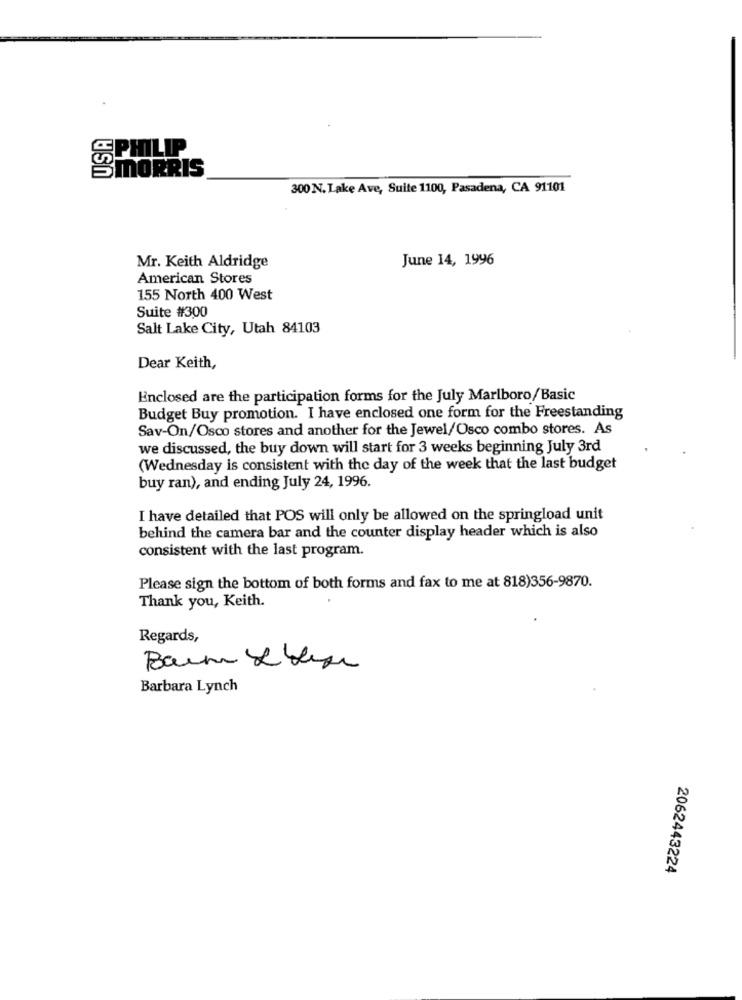
SPHILIP
SMORRIS
300 N. Lake Ave, Suite 1100, Pasadena, CA 91101
June 14, 1996
Mr. Keith Aldridge
American Stores
155 North 400 West
Suite #300
Salt Lake City, Utah 84103
Dear Keith,
Enclosed are the participation forms for the July Marlboro/Basic
Budget Buy promotion. I have enclosed one form for the Freestanding
Sav-On/Osco stores and another for the Jewel/Osco combo stores. As
we discussed, the buy down will start for 3 weeks beginning July 3rd
(Wednesday is consistent with the day of the week that the last budget
buy ran), and ending July 24, 1996.
I have detailed that POS will only be allowed on the springload unit
behind the camera bar and the counter display header which is also
consistent with the last program.
Please sign the bottom of both forms and fax to me at 818)356-9870.
Thank you, Keith.
Regards,
Bain Weberse
Barbara Lynch
2062443224